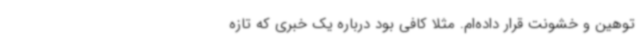
توهین و خشونت قرار داده‌ام. مثلاً کافی بود درباره یک خبری که تازه